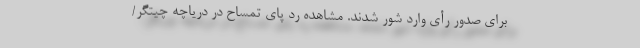
برای صدور رأی وارد شور شدند. مشاهده رد پای تمساح در دریاچه چیتگر/